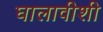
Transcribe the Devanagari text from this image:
घालावीशी